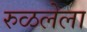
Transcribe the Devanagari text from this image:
रुळलेला